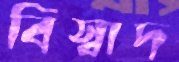
বিস্বাদ